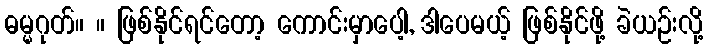
ဓမ္မဂုတ်။ ။ ဖြစ်နိုင်ရင်တော့ ကောင်းမှာပေါ့, ဒါပေမယ့် ဖြစ်နိုင်ဖို့ ခဲယဉ်းလို့